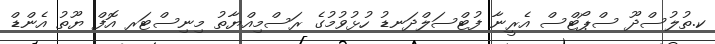
ކ.ތުލުސްދޫ ސްޕޯޓްސް އެރީނާ ފުޓްސަލްދަނޑު ހުޅުވުމުގެ ރަސްމިއްޔާތު މިނިސްޓަރ އޮފް ޔޫތު އެންޑް